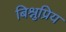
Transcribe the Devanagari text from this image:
बिश्नुप्रिय